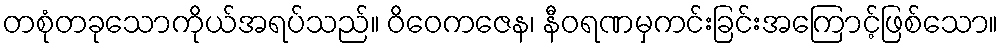
တစုံတခုသောကိုယ်အရပ်သည်။ ဝိဝေကဇေန၊ နီဝရဏမှကင်းခြင်းအကြောင့်ဖြစ်သော။